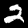
Label: 2